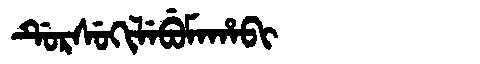
Manchu: ᡩᡠᡵᠰᡠᡴᡳᠯᡝᠪᡠᠮᠠᡥᠠᠪᡳ
Romanization: DURSUKILEBUMAHABI